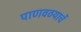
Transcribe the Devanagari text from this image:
पाणवठयाचें